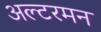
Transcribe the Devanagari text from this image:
अल्टरमन